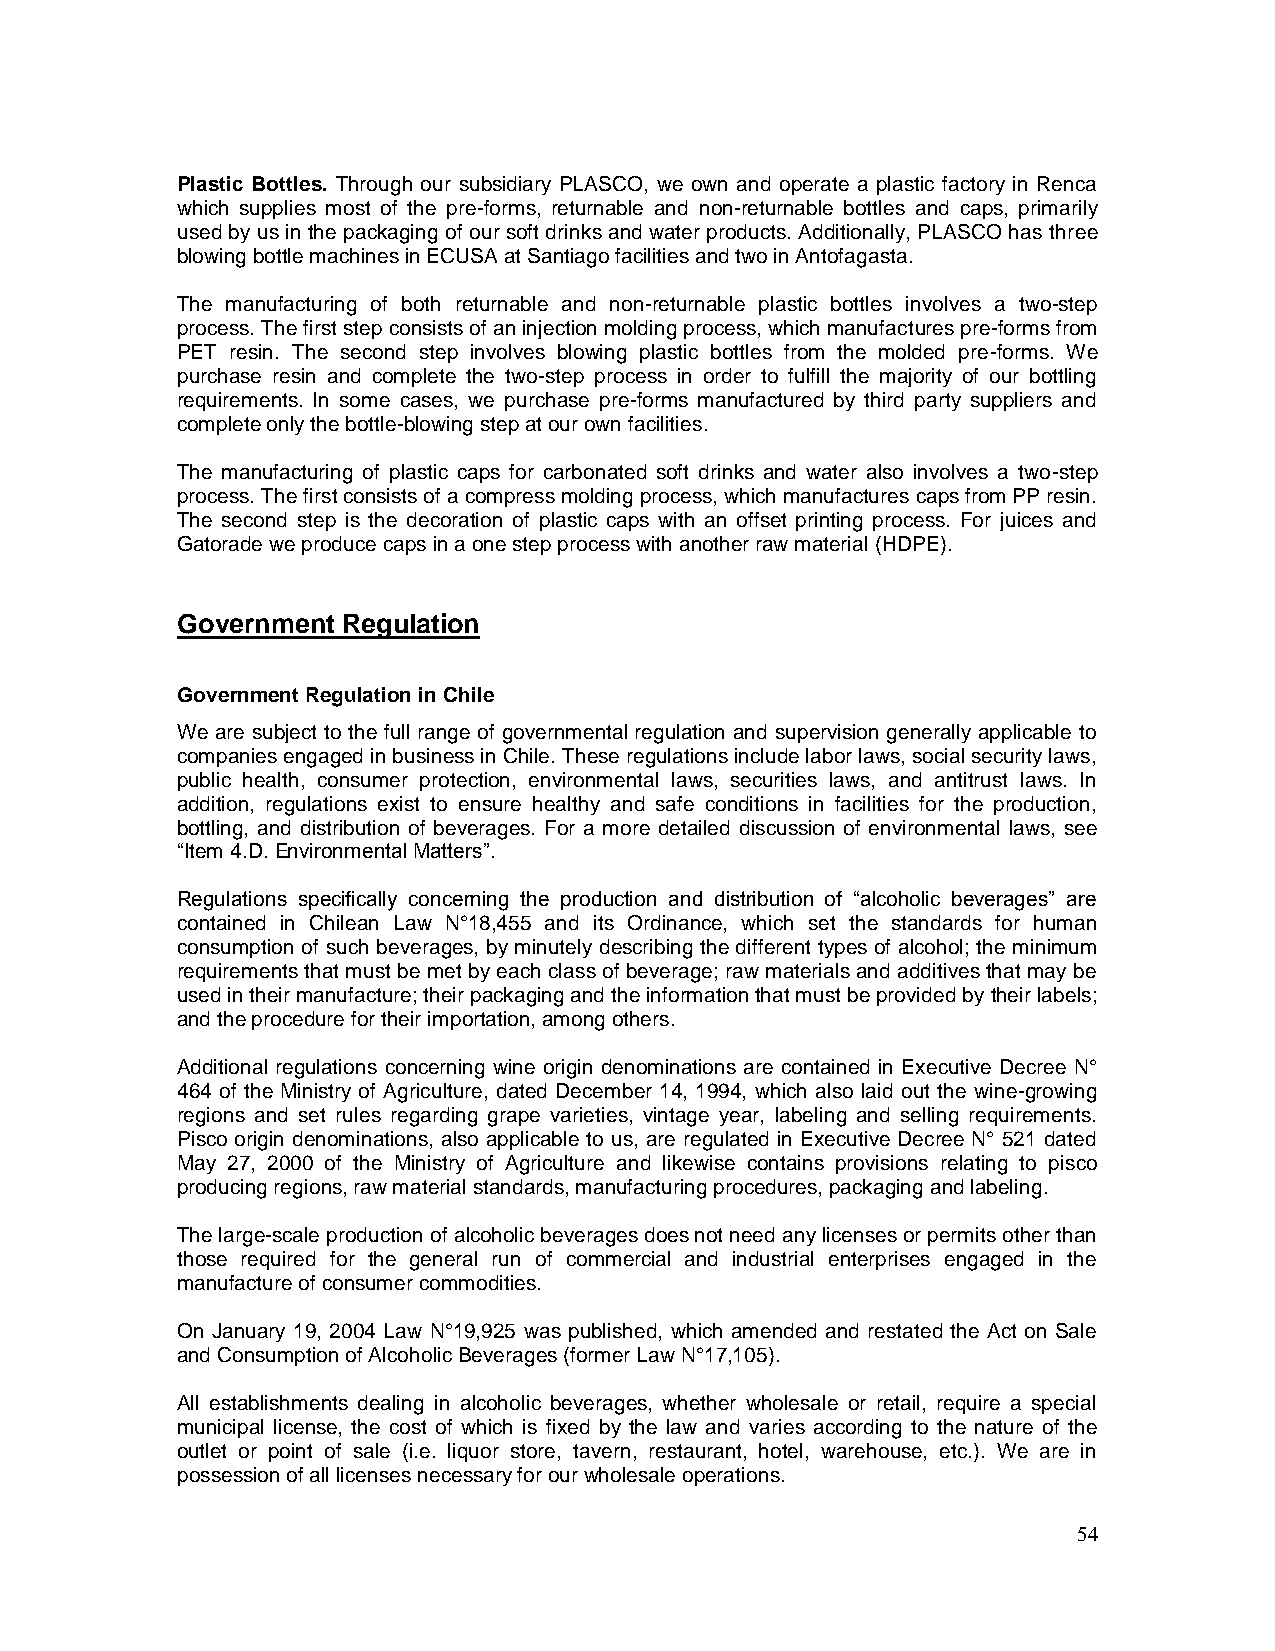
Plastic Bottles. Through our subsidiary PLASCO, we own and operate a plastic factory in Renca
 which supplies most of the pre-forms, returnable and non-returnable bottles and caps, primarily
 used by us in the packaging of our soft drinks and water products. Additionally, PLASCO has three
 blowing bottle machines in ECUSA at Santiago facilities and two in Antofagasta.
 The manufacturing of both returnable and non-returnable plastic bottles involves a two-step
 process. The first step consists of an injection molding process, which manufactures pre-forms from
 PET resin. The second step involves blowing plastic bottles from the molded pre-forms. We
 purchase resin and complete the two-step process in order to fulfill the majority of our bottling
 requirements. In some cases, we purchase pre-forms manufactured by third party suppliers and
 complete only the bottle-blowing step at our own facilities.
 The manufacturing of plastic caps for carbonated soft drinks and water also involves a two-step
 process. The first consists of a compress molding process, which manufactures caps from PP resin.
 The second step is the decoration of plastic caps with an offset printing process. For juices and
 Gatorade we produce caps in a one step process with another raw material (HDPE).
 Government Regulation
 Government Regulation in Chile
 We are subject to the full range of governmental regulation and supervision generally applicable to
 companies engaged in business in Chile. These regulations include labor laws, social security laws,
 public health, consumer protection, environmental laws, securities laws, and antitrust laws. In
 addition, regulations exist to ensure healthy and safe conditions in facilities for the production,
 bottling, and distribution of beverages. For a more detailed discussion of environmental laws, see
 “Item 4.D. Environmental Matters”.
 Regulations specifically concerning the production and distribution of “alcoholic beverages” are
 contained in Chilean Law N°18,455 and its Ordinance, which set the standards for human
 consumption of such beverages, by minutely describing the different types of alcohol; the minimum
 requirements that must be met by each class of beverage; raw materials and additives that may be
 used in their manufacture; their packaging and the information that must be provided by their labels;
 and the procedure for their importation, among others.
 Additional regulations concerning wine origin denominations are contained in Executive Decree N°
 464 of the Ministry of Agriculture, dated December 14, 1994, which also laid out the wine-growing
 regions and set rules regarding grape varieties, vintage year, labeling and selling requirements.
 Pisco origin denominations, also applicable to us, are regulated in Executive Decree N° 521 dated
 May 27, 2000 of the Ministry of Agriculture and likewise contains provisions relating to pisco
 producing regions, raw material standards, manufacturing procedures, packaging and labeling.
 The large-scale production of alcoholic beverages does not need any licenses or permits other than
 those required for the general run of commercial and industrial enterprises engaged in the
 manufacture of consumer commodities.
 On January 19, 2004 Law N°19,925 was published, which amended and restated the Act on Sale
 and Consumption of Alcoholic Beverages (former Law N°17,105).
 All establishments dealing in alcoholic beverages, whether wholesale or retail, require a special
 municipal license, the cost of which is fixed by the law and varies according to the nature of the
 outlet or point of sale (i.e. liquor store, tavern, restaurant, hotel, warehouse, etc.). We are in
 possession of all licenses necessary for our wholesale operations.
 54